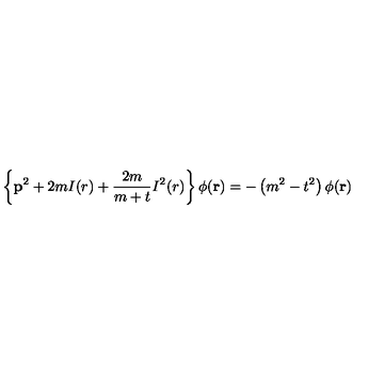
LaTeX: \left\{ { \bf p } ^ { 2 } + 2 m I ( r ) + \frac { 2 m } { m + t } I ^ { 2 } ( r ) \right\} \phi ( { \bf r } ) = - \left( m ^ { 2 } - t ^ { 2 } \right) \phi ( { \bf r } )